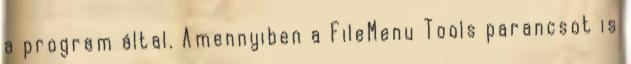
a program által. Amennyiben a FileMenu Tools parancsot is